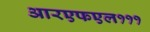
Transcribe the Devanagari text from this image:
आरएफएल१११